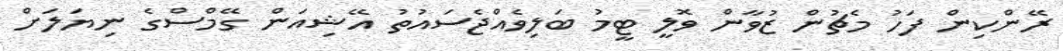
ރޭންކިން ފަހު މެޗުން ޒުވާން ވޮލީ ޓީމު ބަލިވެއްޖެސައުތު އޭޝިއަން ގޭމްސްގެ ނިޔަލަށް